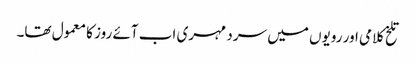
تلخ کلامی اور رویوں میں سرد مہری اب آئے روز کا معمول تھا۔